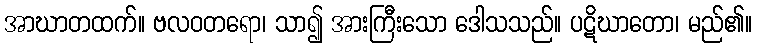
အာဃာတထက်။ ဗလဝတရော၊ သာ၍ အားကြီးသော ဒေါသသည်။ ပဋိဃာတော၊ မည်၏။